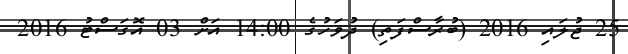
25 ޖުލައި 2016 (ބުރާސްފަތި) ދުވަހުގެ 14:00 އަށް 03 އޮގަސްޓު 2016